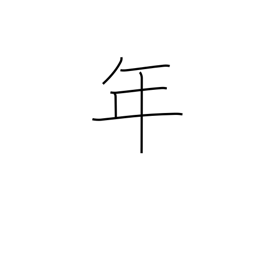
Meaning: counter for years